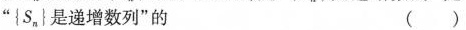
“\left \{S_{n}\right \}是递增数列”的（）